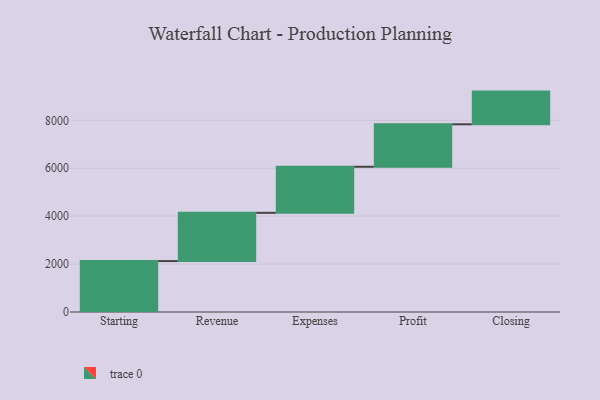
{"axis": {"x": "Step", "y": "Value"}, "legend": [""], "data": [{"x": "Starting", "y": 2127.0, "type": ""}, {"x": "Revenue", "y": 2014.0, "type": ""}, {"x": "Expenses", "y": 1923.0, "type": ""}, {"x": "Profit", "y": 1773.0, "type": ""}, {"x": "Closing", "y": 1365.0, "type": ""}]}